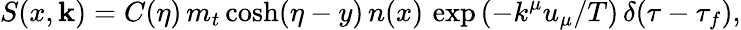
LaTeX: S(x,\mathbf{k})=C({\eta})\, m_{t}\cosh(\eta-y)\, n(x)\, \exp\left(-k^{\mu}u_{\mu}/T\right)\, \delta(\tau-\tau_{f}),